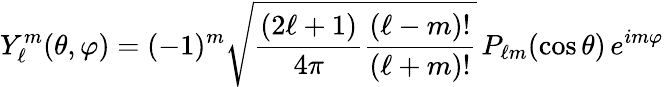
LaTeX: Y_{\ell}^{m}(\theta,\varphi)=(-1)^{m}{\sqrt{{\frac{(2\ell+1)}{4\pi}}{\frac{(\ell-m)!}{(\ell+m)!}}}}\, P_{\ell m}(\cos{\theta})\, e^{im\varphi}